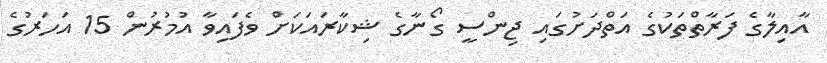
އާއިލާގެ ފަރާތްތަކުގެ އަތްދަށުގައި ޖިންސީ ގޯނާގެ ޝިކާރައަކަށް ވެފައިވާ އުމުރުން 15 އަހަރުގެ